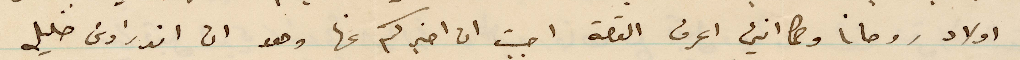
أولاد روحانا ولا اني اعرف القصة واحببت ان اخبركم عنها وهو ان اندراوس خليل